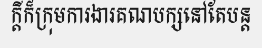
ក្តីក៏ក្រុមការងារគណបក្សនៅតែបន្ត